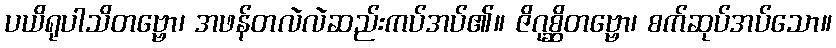
ပယိရုပါသိတဗ္ဗော၊ အဖန်တလဲလဲဆည်းကပ်အပ်၏။ ဇိဂုစ္ဆိတဗ္ဗော၊ စက်ဆုပ်အပ်သော။